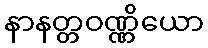
နာနတ္တဝဏ္ဏိယော